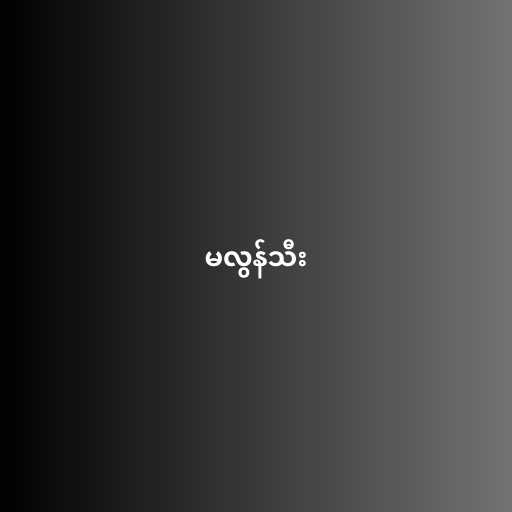
မလွန်သီး